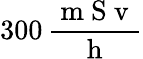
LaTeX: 300\, \frac{\mathrm{~m~S~v~}}{\mathrm{~h~}}